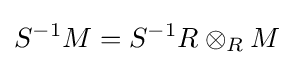
S^{-1}M=S^{-1}R\otimes _{R}M